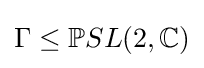
\Gamma \leq \mathbb {P} SL(2,\mathbb {C} )